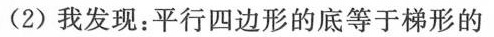
(2)我发现：平行四边形的底等于梯形的